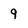
Character: g